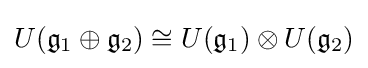
U({\mathfrak {g}}_{1}\oplus {\mathfrak {g}}_{2})\cong U({\mathfrak {g}}_{1})\otimes U({\mathfrak {g}}_{2})